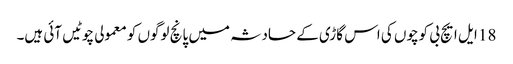
18 ایل ایچ بی کوچوں کی اس گاڑی کے حادثہ میں پانچ لوگوں کو معمولی چوٹیں آئی ہیں۔